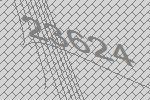
23624